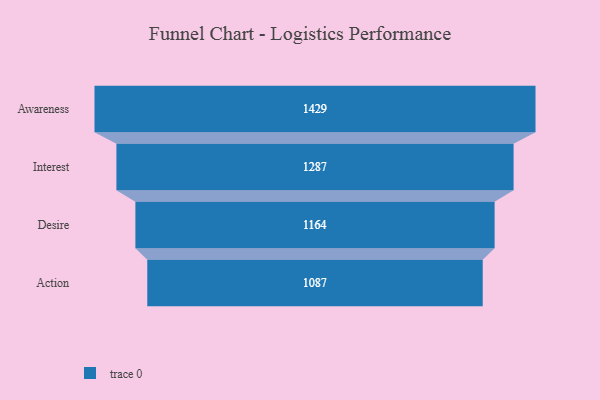
{"axis": {"x": "Stage", "y": "Value"}, "legend": [""], "data": [{"x": "Awareness", "y": 1429.0, "type": ""}, {"x": "Interest", "y": 1287.0, "type": ""}, {"x": "Desire", "y": 1164.0, "type": ""}, {"x": "Action", "y": 1087.0, "type": ""}]}